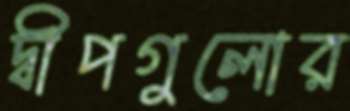
দ্বীপগুলোর